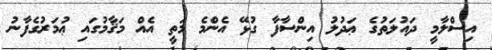
އިސްލާމީ ދައުލަތުގެ ޢަދުލު އިންސާފާ ގުޅޭ އެންމެ މަތީ އެއް މަޤާމުގައި ޢުމަރުގެފާނު